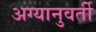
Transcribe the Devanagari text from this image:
अग्यानुवर्ती